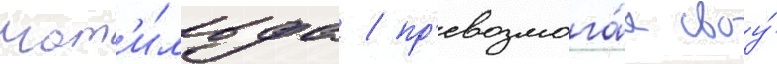
мат'и́льда / пр'евозмога́я своу́